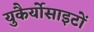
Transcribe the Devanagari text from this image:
युकैर्योसाइटों